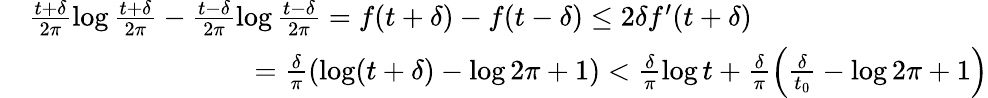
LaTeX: \begin{array}{rl}&{\frac{t+\delta}{2\pi}\log\frac{t+\delta}{2\pi}-\frac{t-\delta}{2\pi}\log\frac{t-\delta}{2\pi}=f(t+\delta)-f(t-\delta)\le 2\delta f^{\prime}(t+\delta)}\\ &{\qquad\qquad\qquad\qquad=\frac{\delta}{\pi}\left(\log(t+\delta)-\log 2\pi+1\right)<\frac{\delta}{\pi}\log t+\frac{\delta}{\pi}\left(\frac{\delta}{t_{0}}-\log 2\pi+1\right)}\end{array}